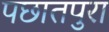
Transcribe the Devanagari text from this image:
पछातपुरा